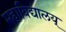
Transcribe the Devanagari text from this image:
महाविद्यालय्